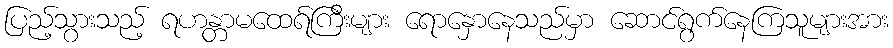
ပြည့်သွားသည့် ရဟန္တာမထေရ်ကြီးများ ရောနှောနေသည်မှာ ဆောင်ရွက်နေကြသူများအား